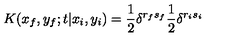
K ( x _ { f } , y _ { f } ; t | x _ { i } , y _ { i } ) = \frac { 1 } { 2 } \delta ^ { r _ { f } s _ { f } } \frac { 1 } { 2 } \delta ^ { r _ { i } s _ { i } }